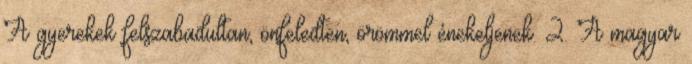
A gyerekek felszabadultan, önfeledten, örömmel énekeljenek. 2. A magyar